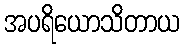
အပရိယောသိတာယ